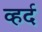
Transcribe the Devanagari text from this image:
व्हर्द